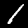
Label: 1